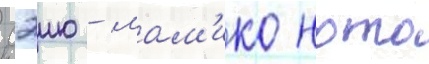
Сэию - мам'ико ното